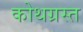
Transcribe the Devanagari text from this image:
कोथग्रस्त